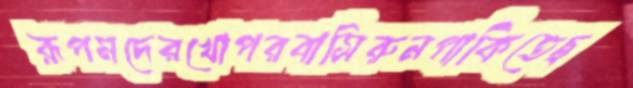
রূপমদেরখোপরবাসিরুনপাকিতেছ